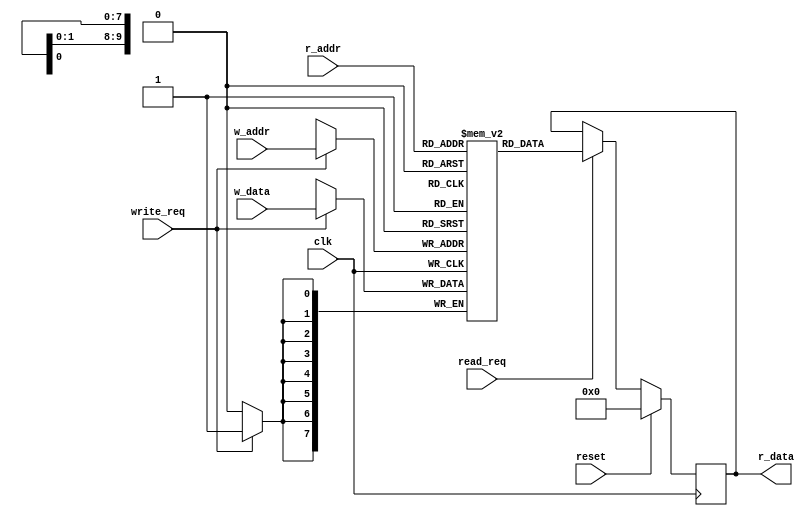
`timescale 1ns / 1ps
//////////////////////////////////////////////////////////////////////////////////
// Company: 
// Engineer: 
// 
// Design Name: 
// Module Name: scratchpad
// Project Name: 
// Target Devices: 
// Tool Versions: 
// Description: 
// 
// Dependencies: 
// 
// Revision:
// Revision 0.01 - File Created
// Additional Comments:
// 
//////////////////////////////////////////////////////////////////////////////////

module scratchpad #(

	parameter					DATA_BITWIDTH						= 8,
	parameter					ADDR_BITWIDTH						= 10
)(
	input															clk,
	input															reset,
	input															read_req,
	input															write_req,	
	input						[ADDR_BITWIDTH - 1: 0]				r_addr,
	input						[ADDR_BITWIDTH - 1: 0]				w_addr,
	input						[DATA_BITWIDTH - 1: 0]				w_data,	
	output						[DATA_BITWIDTH - 1: 0]				r_data
);	
	
	reg			[DATA_BITWIDTH - 1: 0]			memory				[0 : (1 << ADDR_BITWIDTH) - 1];
	reg			[DATA_BITWIDTH - 1: 0]								_r_data;
	
		
	always @ (posedge clk) 
	begin : SRAM_READ

		if (reset)
			_r_data <= 0;
		
		else if (read_req == 1)
			_r_data <= memory[r_addr];	
	end
	
	assign 		r_data = _r_data;
	
	always @ (posedge clk)
	begin : SRAM_WRITE
		
		if (write_req == 1)
			memory[w_addr] <= w_data;		
	end
endmodule